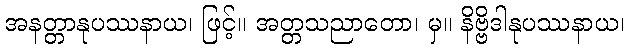
အနတ္တာနုပဿနာယ၊ ဖြင့်။ အတ္တသညာတော၊ မှ။ နိဗ္ဗိဒါနုပဿနာယ၊